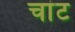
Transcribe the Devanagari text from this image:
चांट